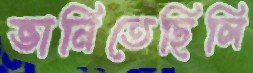
ভানিতেছিলি